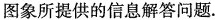
图象所提供的信息解答问题。